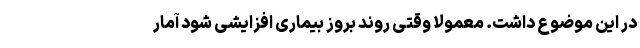
در این موضوع داشت. معمولا وقتی روند بروز بیماری افزایشی شود آمار